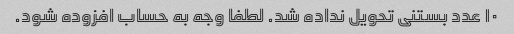
۱۰ عدد بستنی تحویل نداده شد. لطفا وجه به حساب افزوده شود.